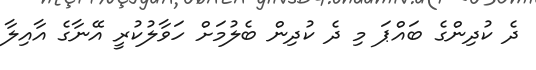
ދެ ކުދިންގެ ބައްޕަ މި ދެ ކުދިން ބެލުމަށް ހަވާލުކުރީ އޭނާގެ އާއިލާ